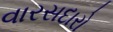
વારસદારો